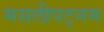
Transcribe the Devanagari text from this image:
मसलीपट्नम